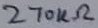
Text: 270kΩ